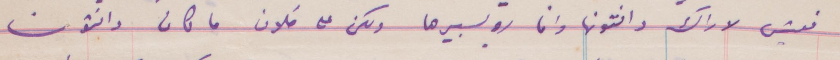
نعيش لاراك وانتونها وانا روليبيرها ولكن على فلان ما كان وانتون